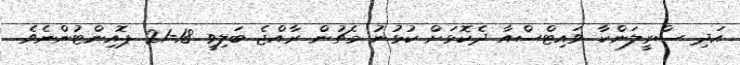
އަދި ސްރީލަންކާ ވައިޓްސްއާ ދެކޮޅަށް ކުޅުނު މެޗުން ރާއްޖެ ބަލިވީ 18-21 ޕޮއިންޓުންނެވެ.